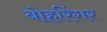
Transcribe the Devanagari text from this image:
बोहरिंगर